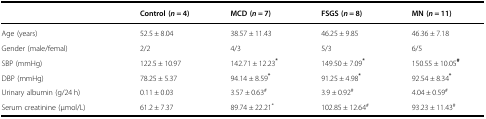
<table><thead><tr><td></td><td><b>Control (<i>n</i> = 4)</b></td><td><b>MCD (<i>n</i> = 7)</b></td><td><b>FSGS (<i>n</i> = 8)</b></td><td><b>MN (<i>n</i> = 11)</b></td></tr></thead><tbody><tr><td>Age (years)</td><td>52.5 ± 8.04</td><td>38.57 ± 11.43</td><td>46.25 ± 9.85</td><td>46.36 ± 7.18</td></tr><tr><td>Gender (male/femal)</td><td>2/2</td><td>4/3</td><td>5/3</td><td>6/5</td></tr><tr><td>SBP (mmHg)</td><td>122.5 ± 10.97</td><td>142.71 ± 12.23<sup><b>*</b></sup></td><td>149.50 ± 7.09<sup><b>*</b></sup></td><td>150.55 ± 10.05<sup><b>#</b></sup></td></tr><tr><td>DBP (mmHg)</td><td>78.25 ± 5.37</td><td>94.14 ± 8.59<sup><b>*</b></sup></td><td>91.25 ± 4.98<sup><b>*</b></sup></td><td>92.54 ± 8.34<sup><b>*</b></sup></td></tr><tr><td>Urinary albumin (g/24 h)</td><td>0.11 ± 0.03</td><td>3.57 ± 0.63<sup>#</sup></td><td>3.9 ± 0.92<sup>#</sup></td><td>4.04 ± 0.59<sup>#</sup></td></tr><tr><td>Serum creatinine (μmol/L)</td><td>61.2 ± 7.37</td><td>89.74 ± 22.21<sup>*</sup></td><td>102.85 ± 12.64<sup>#</sup></td><td>93.23 ± 11.43<sup>#</sup></td></tr></tbody></table>